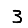
Digit: 3